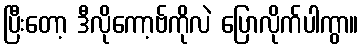
ပြီးတော့ ဒီလိုကော့ဗ်ကိုလဲ ပြောလိုက်ပါကွာ။